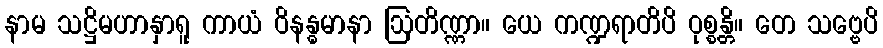
နာမ သဋ္ဌိမဟာနှာရူ ကာယံ ဝိနန္ဓမာနာ ဩတိဏ္ဏာ။ ယေ ကဏ္ဍရာတိပိ ဝုစ္စန္တိ။ တေ သဗ္ဗေပိ